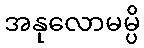
အနုလောမမ္ပိ